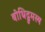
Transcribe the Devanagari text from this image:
बोधिद्रुमस्य